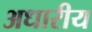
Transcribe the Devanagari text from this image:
अधारीय